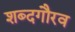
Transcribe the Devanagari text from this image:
शब्दगौरव